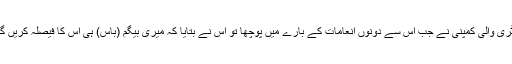
لاٹری والی کمپنی نے جب اس سے دونوں انعامات کے بارے میں پوچھا تو اس نے بتایا کہ میری بیگم (باس) ہی اس کا فیصلہ کریں گی۔